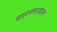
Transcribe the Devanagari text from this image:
वाहनपरवाना